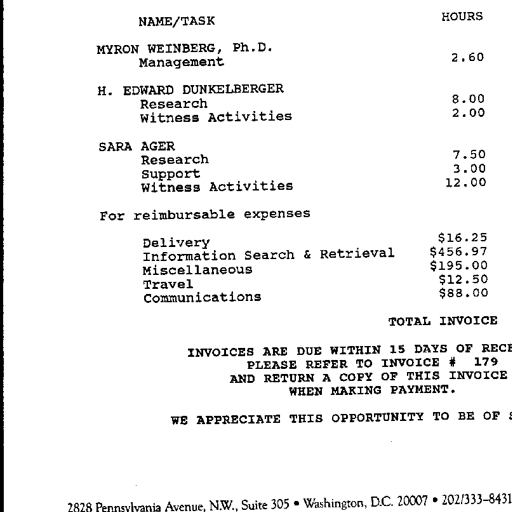
Transcript:
NAME/TASK
HOURS
MYRON WEINBERG, Ph.D.
Management
2.60
H. EDWARD DUNKELBERGER
Research
8.00
Witness Activities
2.00
SARA AGER
Research
7.50
Support
3.00
Witness Activities
12.00
For reimbursable expenses
Delivery
$16.25
Information Search & Retrieval
$456.97
Miscellaneous
$195.00
Travel
$12.50
Communications
$88.00
TOTAL INVOICE
INVOICES ARE DUE WITHIN 15 DAYS OF RECE
PLEASE REFER TO INVOICE # 179
AND RETURN A COPY OF THIS INVOICE
WHEN MAKING PAYMENT.
WE APPRECIATE THIS OPPORTUNITY TO BE OF S
2828 Pennsylvania Avenue, N.W., Suite 305 • Washington, D.C. 20007 • 202/333-8431